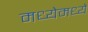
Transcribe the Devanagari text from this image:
मध्येमध्ये